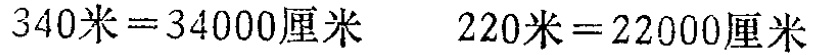
\(340米=34000厘米\) \(220米=22000厘米\)